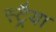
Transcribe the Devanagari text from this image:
स्ट्रैया